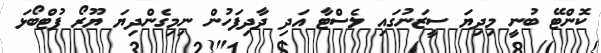
ކޮންޓޭ ބުނީ މިދިޔަ ސީޒަނުގައި ލެސްޓާ އަދި ދާދިފަހުން ނިމިގެންދިޔަ ޔޫރޯ ފުޓްބޯޅަ